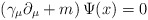
\begin{align*}\left( \gamma _\mu \partial _\mu +m\right) \Psi (x)=0 \end{align*}